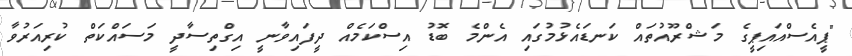
"ޕީއެސްއައިޕީގެ މަޝްރޫއުތައް ކަނޑައެޅުމުގައި އެންމެ ބޮޑު އިސްކަމެއް ދީފައިވާނީ އިގްތިސާދީ މަސައްކަތް ކުރިއަރުވާ